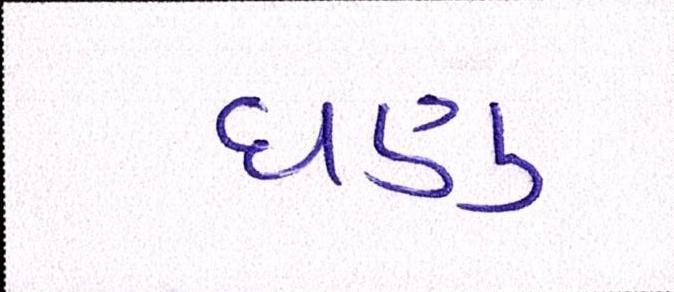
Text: ઘણુ